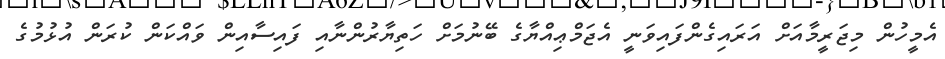
އެމީހުން މިޖަރީމާއަށް އަރައިގެންފައިވަނީ އެޖަމްޢިއްޔާގެ ބޭނުމަށް ހަތިޔާރުންނާއި ފައިސާއިން ވައްކަން ކުރަން އުޅުމުގެ